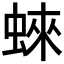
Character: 𧍍